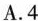
A.4